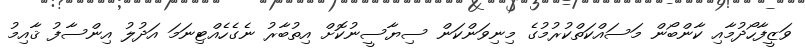
ވަޒީފާހޯދުމާއި ކާންބޯން މަސައްކަތްކުރުމުގެ މިނިވަންކަން ސިޔާސީނުކޮށް އިތުބާރު ނެގެހެއްޓިނަމަ އަދުލު އިންސާފު ޤާއިމު